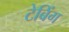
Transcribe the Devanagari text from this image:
टेबिंग